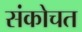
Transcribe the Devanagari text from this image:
संकोचत